Vaccination report Assam 1874-1896 - 1874-1896
Year: 1874
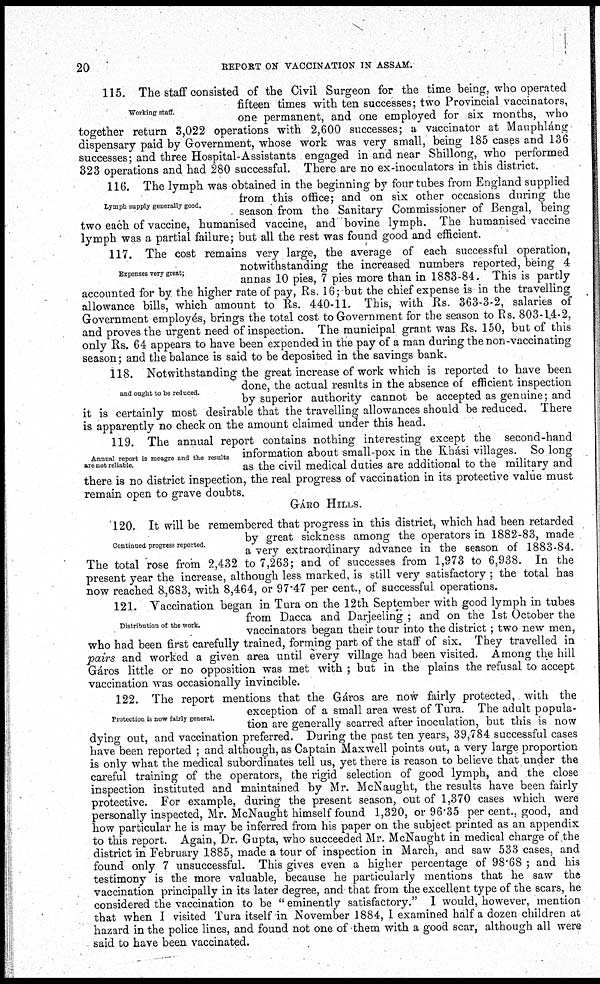
20
REPORT ON VACCINATION IN ASSAM.
Working staff.
115. The staff consisted of the Civil Surgeon for the time being, who operated
fifteen times with ten successes; two Provincial vaccinators,
one permanent, and one employed for six months, who
together return 3,022 operations with 2,600 successes; a vaccinator at Mauphláng
dispensary paid by Government, whose work was very small, being 185 cases and 136
successes; and three Hospital-Assistants engaged in and near Shillong, who performed
323 operations and had 280 successful. There are no ex-inoculators in this district.
Lymph supply generally good.
116. The lymph was obtained in the beginning by four tubes from England supplied
from this office; and on six other occasions during the
season from the Sanitary Commissioner of Bengal, being
two each of vaccine, humanised vaccine, and bovine lymph. The humanised vaccine
lymph was a partial failure; but all the rest was found good and efficient.
Expenses very great;
117. The cost remains very large, the average of each successful operation,
notwithstanding the increased numbers reported, being 4
annas 10 pies, 7 pies more than in 1883-84. This is partly
accounted for by the higher rate of pay, Rs. 16; but the chief expense is in the travelling
allowance bills, which amount to Rs. 440-11. This, with Rs. 363-3-2, salaries of
Government employés, brings the total cost to Government for the season to Rs. 803-14-2,
and proves the urgent need of inspection. The municipal grant was Rs. 150, but of this
only Rs. 64 appears to have been expended in the pay of a man during the non-vaccinating
season; and the balance is said to be deposited in the savings bank.
and ought to be reduced.
118. Notwithstanding the great increase of work which is reported to have been
done, the actual results in the absence of efficient inspection
by superior authority cannot be accepted as genuine; and
it is certainly most desirable that the travelling allowances should be reduced. There
is apparently no check on the amount claimed under this head.
Annual report is meagre and the results
are not reliable.
119. The annual report contains nothing interesting except the second-hand
information about small-pox in the Khási villages. So long
as the civil medical duties are additional to the military and
there is no district inspection, the real progress of vaccination in its protective value must
remain open to grave doubts.
GÁRO HILLS.
Continued progress reported.
120. It will be remembered that progress in this district, which had been retarded
by great sickness among the operators in 1882-83, made
a very extraordinary advance in the season of 1883-84.
The total rose from 2,432 to 7,263; and of successes from 1,973 to 6,938. In the
present year the increase, although less marked, is still very satisfactory ; the total has
now reached 8,683, with 8,464, or 97.47 per cent., of successful operations.
Distribution of the work.
121. Vaccination began in Tura on the 12th September with good lymph in tubes
from Dacca and Darjeeling ; and on the 1st October the
vaccinators began their tour into the district; two new men,
who had been first carefully trained, forming part of the staff of six. They travelled in
pairs and worked a given area until every village had been visited. Among the hill
Gáros little or no opposition was met with ; but in the plains the refusal to accept
vaccination was occasionally invincible.
Protection is now fairly general.
122. The report mentions that the Gáros are now fairly protected, with the
exception of a small area west of Tura. The adult popula-
tion are generally scarred after inoculation, but this is now
dying out, and vaccination preferred. During the past ten years, 39,784 successful cases
have been reported ; and although, as Captain Maxwell points out, a very large proportion
is only what the medical subordinates tell us, yet there is reason to believe that under the
careful training of the operators, the rigid selection of good lymph, and the close
inspection instituted and maintained by Mr. McNaught, the results have been fairly
protective. For example, during the present season, out of 1,370 cases which were
personally inspected, Mr. McNaught himself found 1,320, or 96.35 per cent., good, and
how particular he is may be inferred from his paper on the subject printed as an appendix
to this report. Again, Dr. Gupta, who succeeded Mr. McNaught in medical charge of the
district in February 1885, made a tour of inspection in March, and saw 533 cases, and
found only 7 unsuccessful. This gives even a higher percentage of 98.68 ; and his
testimony is the more valuable, because he particularly mentions that he saw the
vaccination principally in its later degree, and that from the excellent type of the scars, he
considered the vaccination to be " eminently satisfactory." I would, however, mention
that when I visited Tura itself in November 1884, I examined half a dozen children at
hazard in the police lines, and found not one of them with a good scar, although all were
said to have been vaccinated.